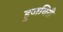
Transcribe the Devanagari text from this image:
हुजविरी